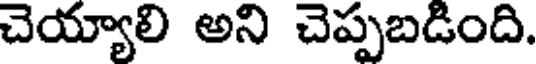
చెయ్యాలి అని చెప్పబడింది.